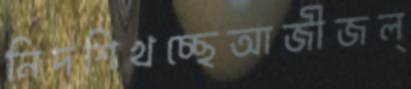
নিদশিখচ্ছেআজীজল্